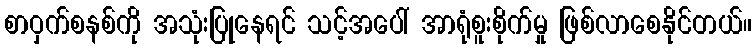
စာဝှက်စနစ်ကို အသုံးပြုနေရင် သင့်အပေါ် အာရုံစူးစိုက်မှု ဖြစ်လာစေနိုင်တယ်။